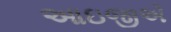
આઇજીએ